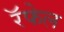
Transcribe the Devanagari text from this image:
रॅफेल